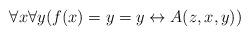
LaTeX: \begin{align*}\forall x\forall y(f(x)=y =y \leftrightarrow A(z, x, y))\end{align*}